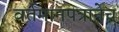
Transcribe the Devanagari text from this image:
वर्तमानपत्रानेच